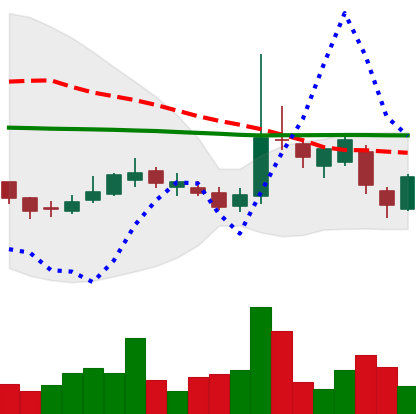
Ticker: LTC-USD
Chart end date: 2017-03-09
Forward return: 5.647%
Label: up_5_7